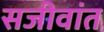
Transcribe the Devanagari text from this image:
सजीवांत